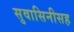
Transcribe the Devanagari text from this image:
सुवासिनीसह